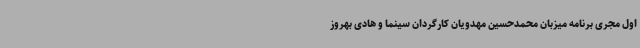
اول مجری برنامه میزبان محمدحسین مهدویان کارگردان سینما و هادی بهروز